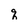
Character: q